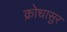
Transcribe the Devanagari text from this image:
क्रोधासुर